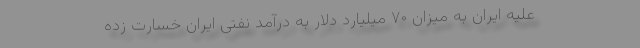
علیه ایران به میزان ۷۰ میلیارد دلار به درآمد نفتی ایران خسارت زده